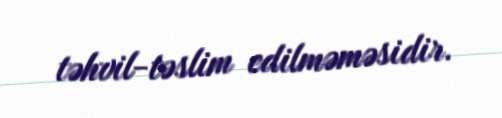
təhvil-təslim edilməməsidir.